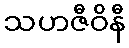
သဟဇီဝိနီ